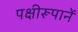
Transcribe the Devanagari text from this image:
पक्षीरूपानें